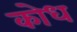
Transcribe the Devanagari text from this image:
कोध